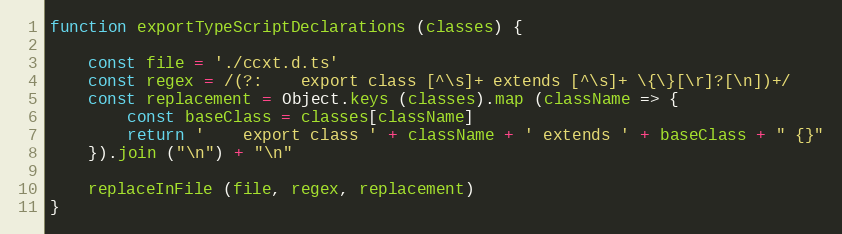
Language: JavaScript
function exportTypeScriptDeclarations (classes) {

    const file = './ccxt.d.ts'
    const regex = /(?:    export class [^\s]+ extends [^\s]+ \{\}[\r]?[\n])+/
    const replacement = Object.keys (classes).map (className => {
        const baseClass = classes[className]
        return '    export class ' + className + ' extends ' + baseClass + " {}"
    }).join ("\n") + "\n"

    replaceInFile (file, regex, replacement)
}